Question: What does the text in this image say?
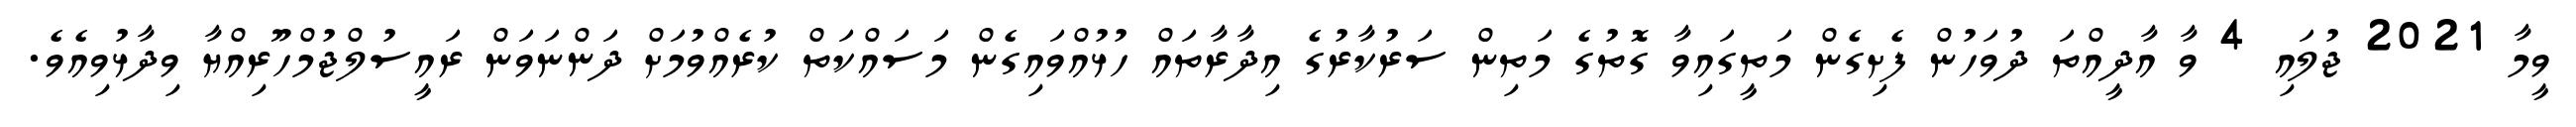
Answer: ވީމާ 2021 ޖުލައި 4 ވާ އާދީއްތަ ދުވަހުން ފެށިގެން މަތީގައިވާ ގޮތުގެ މަތިން ސަރުކާރުގެ އިދާރާތައް ހުޅުއްވައިގެން މަސައްކަތް ކުރެއްވުމަށް ދަންނަވަން ރައީސުލްޖުމްހޫރިއްޔާ ވިދާޅުވިއެވެ.